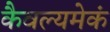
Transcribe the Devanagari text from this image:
कैवल्यमेकं